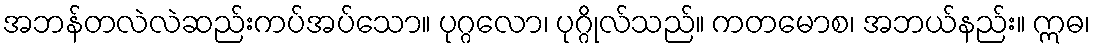
အဘန်တလဲလဲဆည်းကပ်အပ်သော။ ပုဂ္ဂလော၊ ပုဂ္ဂိုလ်သည်။ ကတမောစ၊ အဘယ်နည်း။ ဣဓ၊